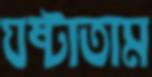
ঘষ্‌টাতাম